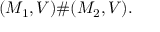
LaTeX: ( M _ { 1 } , V ) \# ( M _ { 2 } , V ) .